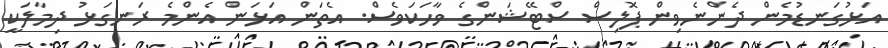
އަޅުގަނޑުމެން ދެންނެވިން ޕޮލިސް ސްޓޭޝަންގެ ވާހަކަވެސް. އެތަން އަޅަން އެންމެ ރަނގަޅު ދިމާލަކީ